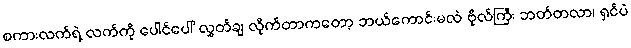
စကားလက်ရဲ့ လက်ကို ပေါင်ပေါ် လွှတ်ချ လိုက်တာကတော့ ဘယ်ကောင်းမလဲ ဗိုလ်ကြီး ဘတ်တလာ၊ ရှင်ပဲ